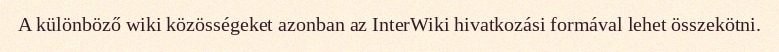
A különböző wiki közösségeket azonban az InterWiki hivatkozási formával lehet összekötni.